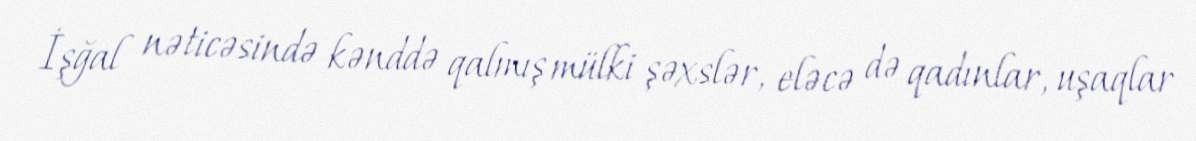
İşğal nəticəsində kənddə qalmış mülki şəxslər, eləcə də qadınlar, uşaqlar